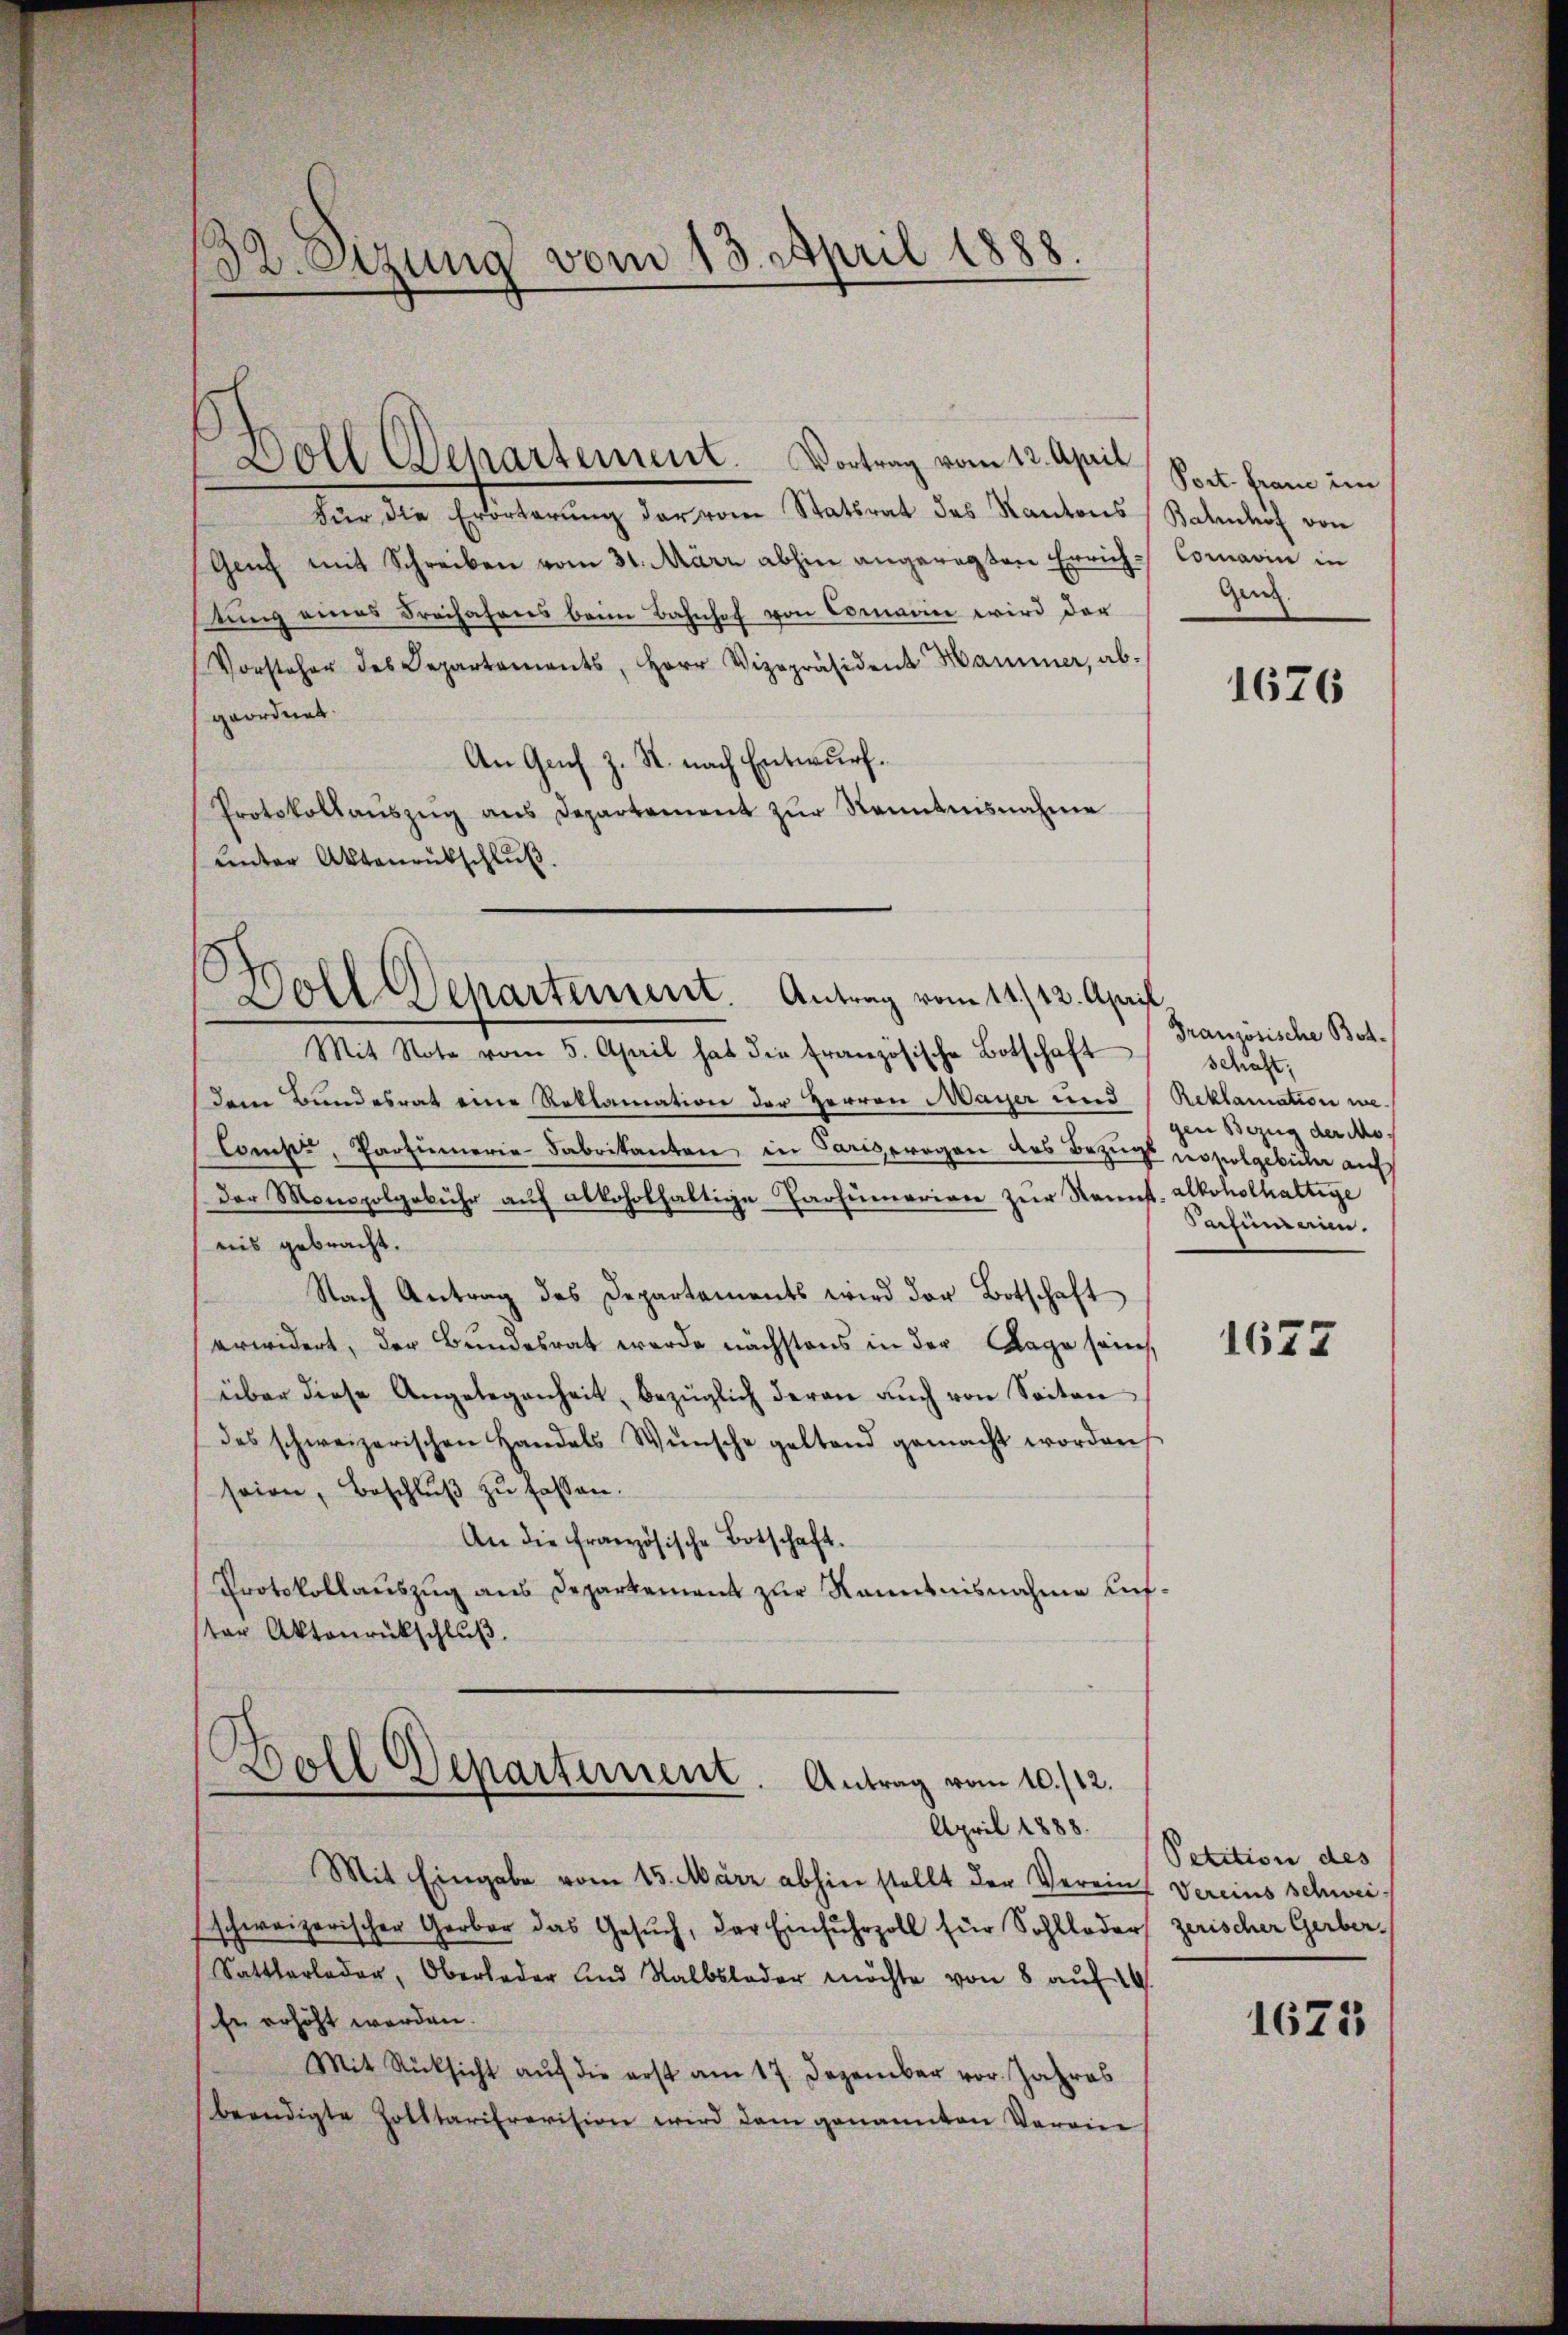
32. Sizung vom 13. April 1888.
—

Doll Departement. Vortrag vom 12. April
Für die Erörterung der vom Statsrat des Kantons
Genf mit Schreiben vom 31. März abhin angeregten Errichtŭng eines Freihahres beim Bahnhof von Commarin wird der
Vorsteher des Departements, Herr Vizepräsident Hammer, ab-
geordnet
An Gach z. R. nach Entwurf.
Protokollaŭszŭg aŭs Departement zŭr Kenntnisnahme
unter Aktenrütschluß.

Boll Departement. Antrag vom 11./12. April

Boll Departement. Antrag vom 10. /12.

Mit Note vom 5. April hat die französische Botschaft
dem Bundesrat eine Reklamation der Herren Mayer und Reklamation un¬
Comp., Parzumerie-Fabrikanten in Pariserogen des Bezugs noholgebühr auf
der Monopolgebühr auf alkoholhaltige Tarfumerien zur Rennst.- Alkoholhaltige
nis gebracht.
Nach Antrag des Departaments wird der Botschaft
erwidert, der Bundesrat wurde nächstens in der Lage sein,
über diese Angelegenheit, bezüglich deran aŭch von Seiten
des schweizerischen Handels Wünsche geltend gemacht worden
soin, Beschlŭβ zŭ fassen.
An die französische Botschaft.
Protokollauszug aus Departement zur Kenntnisnahme Aufster Aktenrückschlŭβ

April 1888.
Mit Eingabe vom 15. März abhin stellt der Verein Vereins schweischweizerischer Gerber das Gesuch, der Einfuhrzoll für Sohlloder zerischer Gerber¬
Sattlerleder, Oberleder und Salbsloder möchte von 8 aŭf 19
Er erhöht werden.
Mit Rücksicht auf die erst am 17. Dezember vor. Jahres
beendigte Zolltarierevision wird dem genannten Verein

Port. Fraue un
Bahnhof von
Comarin in
Gen.

1676

Granzösische Botschaft,
gen Bezug der Mo¬
Schumann.

1677

Petition des

1623